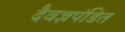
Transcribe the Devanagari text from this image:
दैवज्ञपंडित